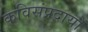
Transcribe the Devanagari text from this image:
कविसंप्रदायों